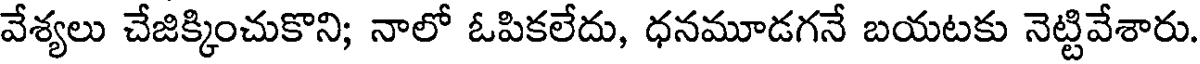
వేశ్యలు చేజిక్కించుకొని; నాలో ఓపికలేదు, ధనమూడగనే బయటకు నెట్టివేశారు